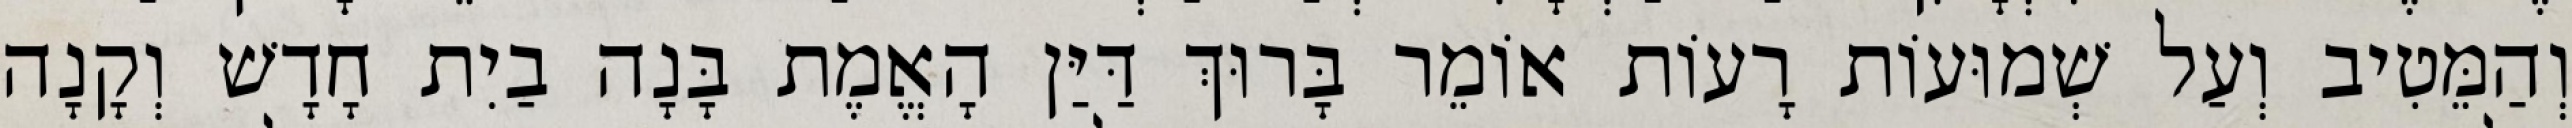
וְהַמֵּטִיב וְעַל שְׁמוּעוֹת רָעוֹת אוֹמֵר בָּרוּךְ דַּיַּן הָאֱמֶת בָּנָה בַיִת חָדָשׁ וְקָנָה